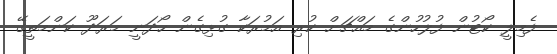
ފެމިލީ ކޯޓުން ފުލުހުންގެ މައްޗަށް ކުރި އަމުރަކާ ގުޅިގެން ހޯދަނީ މަރަދޫ ކަންމަތީގޭ